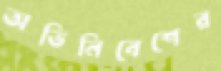
অভিনিবেশের